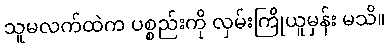
သူမလက်ထဲက ပစ္စည်းကို လှမ်းကြိုယူမှန်း မသိ။